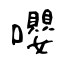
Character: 嚶